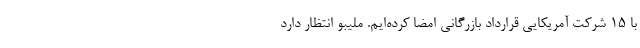
با 15 شرکت آمریکایی قرارداد بازرگانی امضا کرده‌ایم. ملیبو انتظار دارد